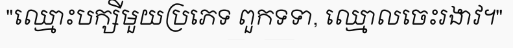
"ឈ្មោះបក្សីមួយប្រភេទ ពួកទទា, ឈ្មោលចេះរងាវ។"